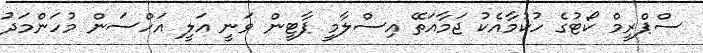
ސްޕްރީމް ކޯޓުގެ ހުކުމާއެކު ޖަމާއަތޭ އިސްލާމީ ޕާޓީން ވަނީ އަލީ އަހްސަން މުހަންމަދު